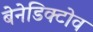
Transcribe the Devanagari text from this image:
बेनेडिक्टोव